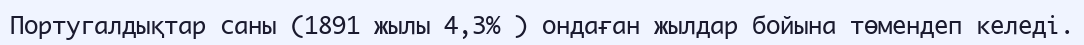
Португалдықтар саны (1891 жылы 4,3% ) ондаған жылдар бойына төмендеп келеді.